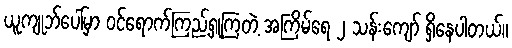
ယူကျုဘ်ပေါ်မှာ ဝင်ရောက်ကြည့်ရှုကြတဲ့ အကြိမ်ရေ ၂ သန်းကျော် ရှိနေပါတယ်။